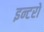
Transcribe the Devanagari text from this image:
इन्टरो